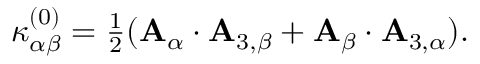
\begin{array} { r } { { \kappa } _ { \alpha \beta } ^ { ( 0 ) } = \frac { 1 } { 2 } ( { \bf { A } } _ { \alpha } \cdot { \bf { A } } _ { 3 , \beta } + { \bf { A } } _ { \beta } \cdot { \bf { A } } _ { 3 , \alpha } ) . } \end{array}